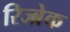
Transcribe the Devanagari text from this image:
रिज्ब्रेक